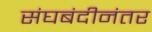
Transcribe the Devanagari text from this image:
संघबंदीनंतर